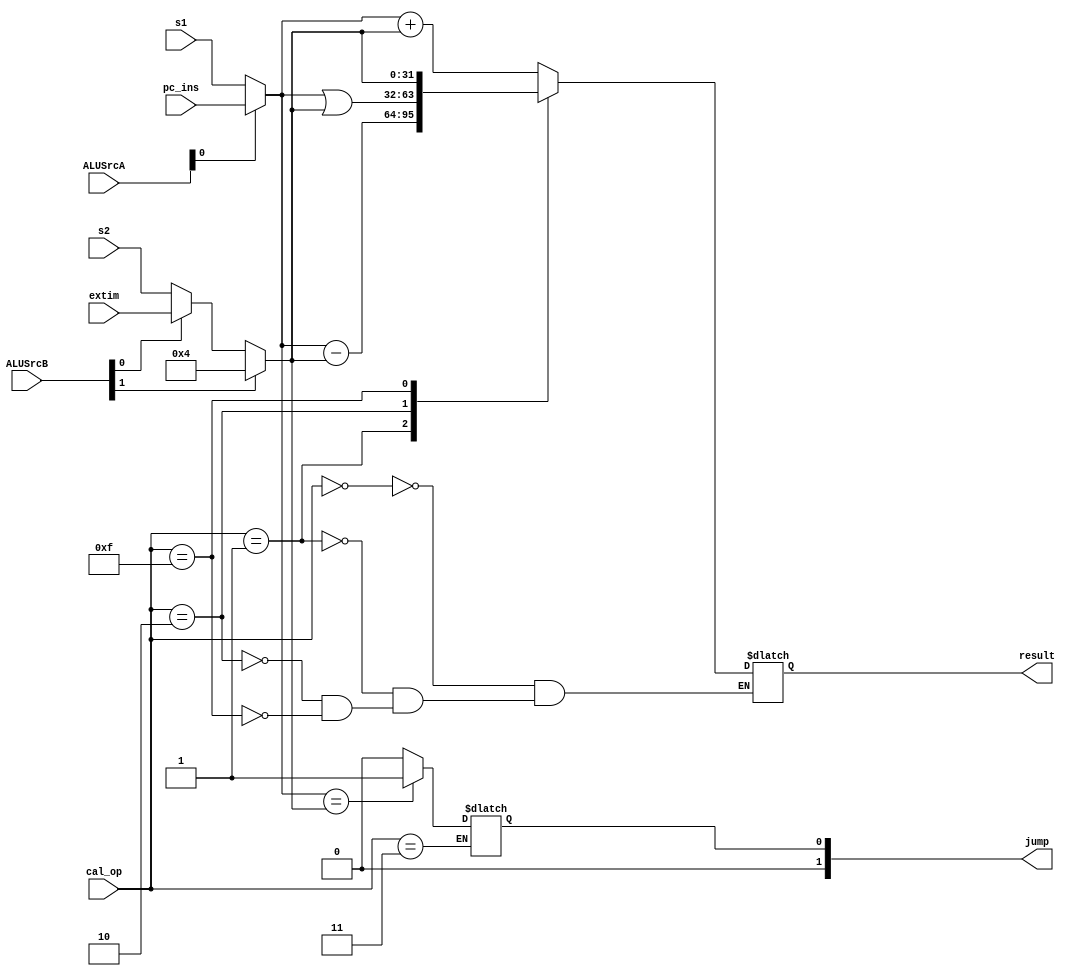
`timescale 1ns / 1ps

module ALU(
    input [31:0] s1,
    input [31:0] s2,
    input [3:0] cal_op,
    input [31:0] extim,
	 input [1:0] ALUSrcA,
    input [2:0] ALUSrcB,
	 input [31:0] pc_ins,
    output [31:0] result,
	 output [1:0] jump
    );
	 
	//
	reg [31:0] cs_result;
	reg cs_jump;
	assign result = cs_result;
	assign jump = cs_jump;
	
	//
	wire [31:0] s4;
	assign s4 = (ALUSrcA[0]) ? pc_ins : s1;
	
	wire [31:0] s3;
	assign s3 = (ALUSrcB[1]) ? 4 : (ALUSrcB[0] ? extim : s2);
	
	//
	initial begin
		cs_result <= 0;
		cs_jump <= 0;
	end
	
	//
	always @(s4, s3, cal_op)begin
		case (cal_op)
			4'b0000:
				begin
					cs_result <= s4 + s3;
				end
				
			4'b0001:
				begin
					cs_result <= s4 - s3;
				end
				
			4'b0010:
				begin
					cs_result <= s4 | s3;
				end
				
			4'b0011:
				begin
					cs_jump <= (s4 == s3) ? 2'b01 : 2'b00;	//beqALU
				end
				
			4'b1111:
				begin
					cs_result <= s3;
				end
				
			default:
				begin
			
				end
			endcase
			
	end
	
endmodule